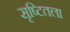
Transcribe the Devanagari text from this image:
सृष्टितला